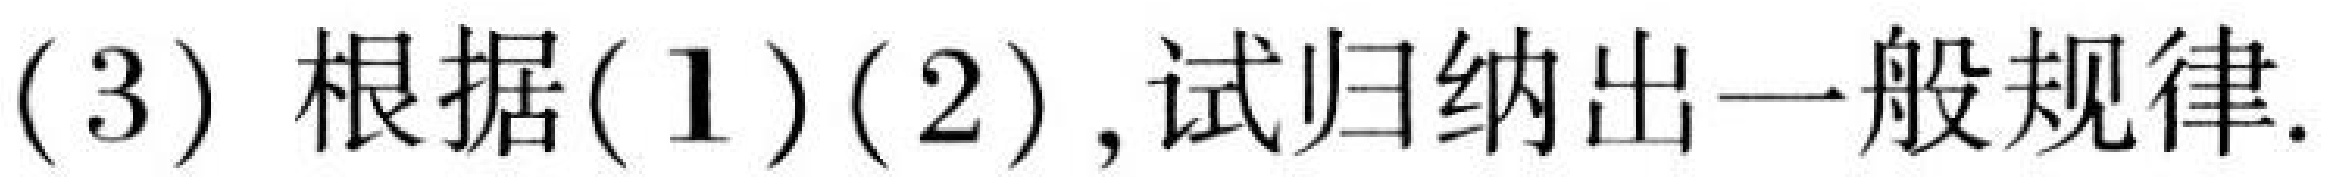
(3) 根据(1)(2), 试归纳出一般规律.